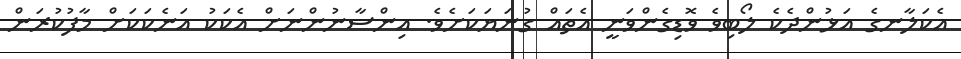
އެކަލާނގެ އަޅުންދެކެ ލޯބިވެ ވޮޑިގެންވަނީ އެތައް ގުނަޔަކަށެވެ. އިންސާނުންނަށް އެކަކު އަނެކަކަށް މާފުކުރަން